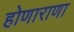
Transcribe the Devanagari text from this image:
होणाराणा